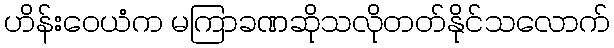
ဟိန်းဝေယံက မကြာခဏဆိုသလိုတတ်နိုင်သလောက်